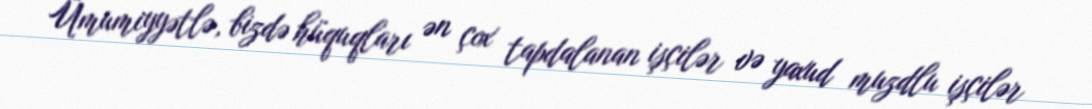
Ümumiyyətlə, bizdə hüquqları ən çox tapdalanan işçilər və yaxud muzdlu işçilər